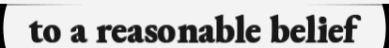
to a reasonable belief